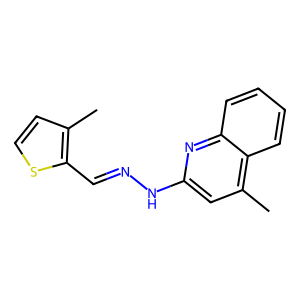
SMILES: Cc1ccsc1C=NNc1cc(C)c2ccccc2n1
Inhibits HIV replication: No